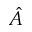
\hat { A }